Indian journal of veterinary science and animal husbandry - Volume 3,
Year: 1933
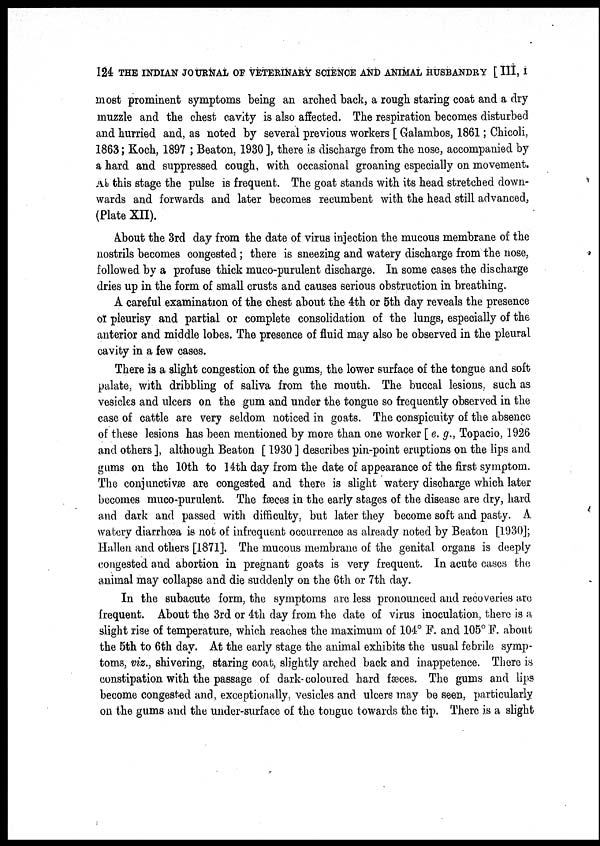
124 THE INDIAN JOURNAL OF VETERINARY SCIENCE AND ANIMAL HUSBANDRY [ III, I
most prominent symptoms being an arched back, a rough staring coat and a dry
muzzle and the chest cavity is also affected. The respiration becomes disturbed
and hurried and, as noted by several previous workers [ Galambos, 1861; Chicoli,
1863; Koch, 1897 ; Beaton, 1930 ], there is discharge from the nose, accompanied by
a hard and suppressed cough, with occasional groaning especially on movement.
At this stage the pulse is frequent. The goat stands with its head stretched down-
wards and forwards and later becomes recumbent with the head still advanced,
(Plate XII).
About the 3rd day from the date of virus injection the mucous membrane of the
nostrils becomes congested; there is sneezing and watery discharge from the nose,
followed by a profuse thick muco-purulent discharge. In some cases the discharge
dries up in the form of small crusts and causes serious obstruction in breathing.
A careful examination of the chest about the 4th or 5th day reveals the presence
of pleurisy and partial or complete consolidation of the lungs, especially of the
anterior and middle lobes. The presence of fluid may also be observed in the pleural
cavity in a few cases.
There is a slight congestion of the gums, the lower surface of the tongue and soft
palate, with dribbling of saliva from the mouth. The buccal lesions, such as
vesicles and ulcers on the gum and under the tongue so frequently observed in the
case of cattle are very seldom noticed in goats. The conspicuity of the absence
of these lesions has been mentioned by more than one worker [ e. g., Topacio, 1926
and others ], although Beaton [ 1930 ] describes pin-point eruptions on the lips and
gums on the 10th to 14th day from the date of appearance of the first symptom.
The conjunctivæ are congested and there is slight watery discharge which later
becomes muco-purulent. The fæces in the early stages of the disease are dry, hard
and dark and passed with difficulty, but later they become soft and pasty. A
watery diarrhœa is not of infrequent occurrence as already noted by Beaton [1930];
Hallen and others [1871]. The mucous membrane of the genital organs is deeply
congested and abortion in pregnant goats is very frequent. In acute cases the
animal may collapse and die suddenly on the 6th or 7th day.
In the subacute form, the symptoms are less pronounced and recoveries are
frequent. About the 3rd or 4th day from the date of virus inoculation, there is a
slight rise of temperature, which reaches the maximum of 104° F. and 105°.F. about
the 5th to 6th day. At the early stage the animal exhibits the usual febrile symp-
toms, viz., shivering, staring coat, slightly arched back and inappetence. There is
constipation with the passage of dark-coloured hard fæces. The gums and lips
become congested and, exceptionally, vesicles and ulcers may be seen, particularly
on the gums and the under-surface of the tongue towards the tip. There is a slight